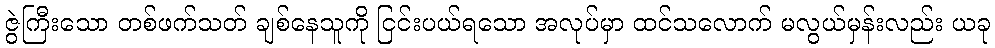
ဇွဲကြီးသော တစ်ဖက်သတ် ချစ်နေသူကို ငြင်းပယ်ရသော အလုပ်မှာ ထင်သလောက် မလွယ်မှန်းလည်း ယခု